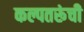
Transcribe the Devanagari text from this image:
कल्पतरूंची